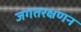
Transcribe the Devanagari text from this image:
जगतरक्षणन